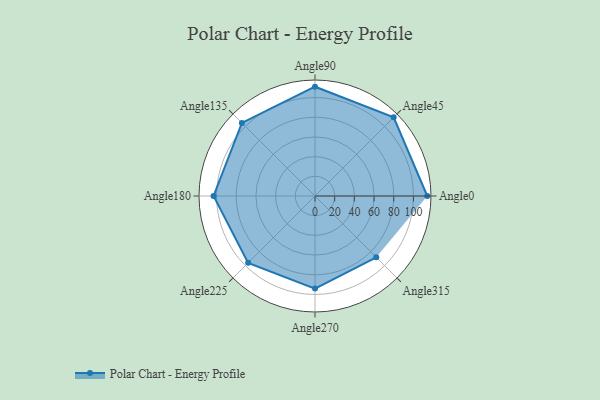
{"axis": {"x": "Angle", "y": "Radius"}, "legend": [""], "data": [{"x": "Angle0", "y": 114.0, "type": ""}, {"x": "Angle45", "y": 113.0, "type": ""}, {"x": "Angle90", "y": 111.0, "type": ""}, {"x": "Angle135", "y": 105.0, "type": ""}, {"x": "Angle180", "y": 103.0, "type": ""}, {"x": "Angle225", "y": 96.0, "type": ""}, {"x": "Angle270", "y": 94.0, "type": ""}, {"x": "Angle315", "y": 88.0, "type": ""}]}